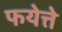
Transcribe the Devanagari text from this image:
फयेत्ते